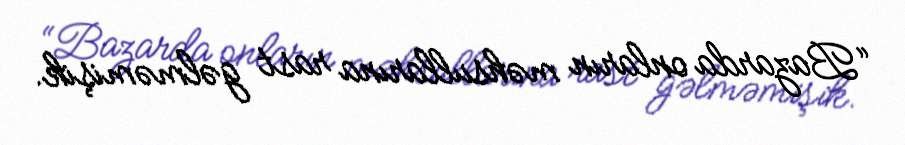
“Bazarda onların məhsullarına rast gəlməmişik.